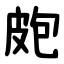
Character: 皰